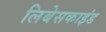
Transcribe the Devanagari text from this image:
लिबेसकाइंड